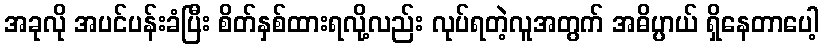
အခုလို အပင်ပန်းခံပြီး စိတ်နှစ်ထားရလို့လည်း လုပ်ရတဲ့လူအတွက် အဓိပ္ပာယ် ရှိနေတာပေါ့